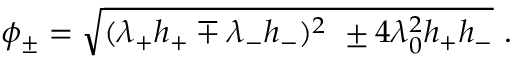
\phi _ { \pm } = \sqrt { ( \lambda _ { + } h _ { + } \mp \lambda _ { - } h _ { - } ) ^ { 2 } \ \pm 4 \lambda _ { 0 } ^ { 2 } h _ { + } h _ { - } } \ .